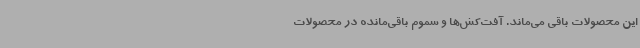
این محصولات باقی می‌ماند. آفت‌کش‌ها و سموم باقی‌مانده در محصولات